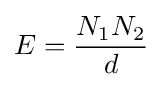
E={\frac {N_{1}N_{2}}{d}}